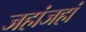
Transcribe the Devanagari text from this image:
जहांजहां